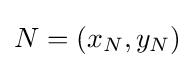
N=(x_{N},y_{N})